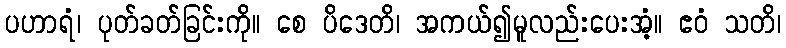
ပဟာရံ၊ ပုတ်ခတ်ခြင်းကို။ စေ ပိဒေတိ၊ အကယ်၍မူလည်းပေးအံ့။ ဧဝံ သတိ၊